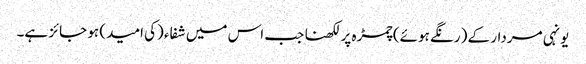
یونہی مردار کے (رنگے ہوئے) چمڑہ پر لکھنا جب اس میں شفاء (کی امید) ہو جائز ہے۔